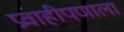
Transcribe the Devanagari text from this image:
प्रवाहीपणाला